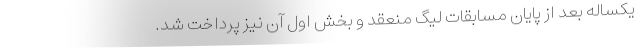
یکساله بعد از پایان مسابقات لیگ منعقد و بخش اول آن نیز پرداخت شد.